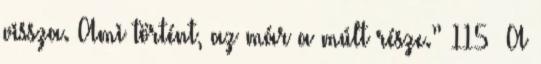
vissza. Ami történt, az már a múlt része.” 115 A